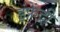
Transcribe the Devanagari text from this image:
इंफ्रेंट्री